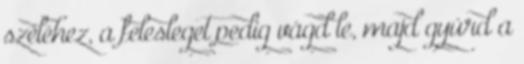
széléhez, a felesleget pedig vágd le, majd gyúrd a